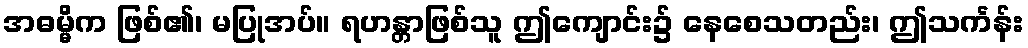
အဓမ္မိက ဖြစ်၏၊ မပြုအပ်။ ရဟန္တာဖြစ်သူ ဤကျောင်း၌ နေစေသတည်း၊ ဤသင်္ကန်း